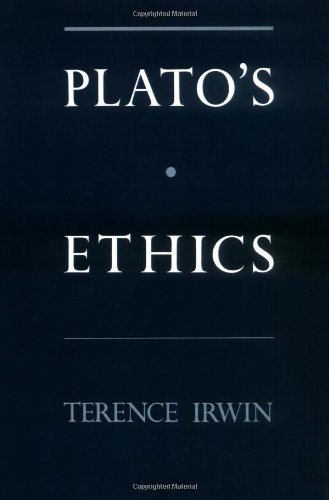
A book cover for Plato's Ethics; Terence Irwin; Business & Money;